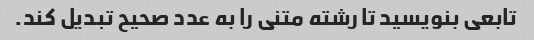
تابعی بنویسید تا رشته متنی را به عدد صحیح تبدیل کند.